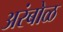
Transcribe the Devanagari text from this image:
अरंबोळ